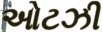
ઓટઝી